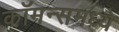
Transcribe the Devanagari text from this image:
कॉमन्समध्ये